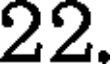
22.